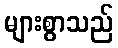
များစွာသည်